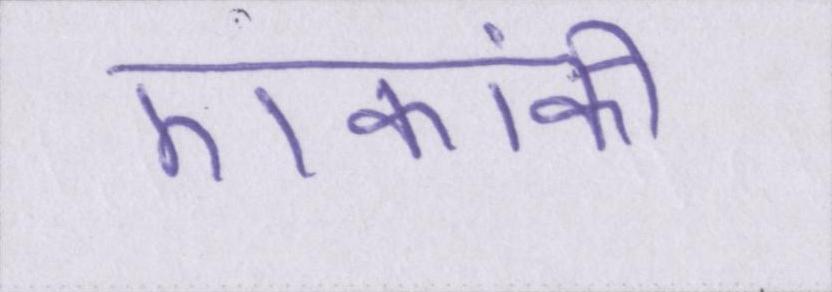
एकांकी